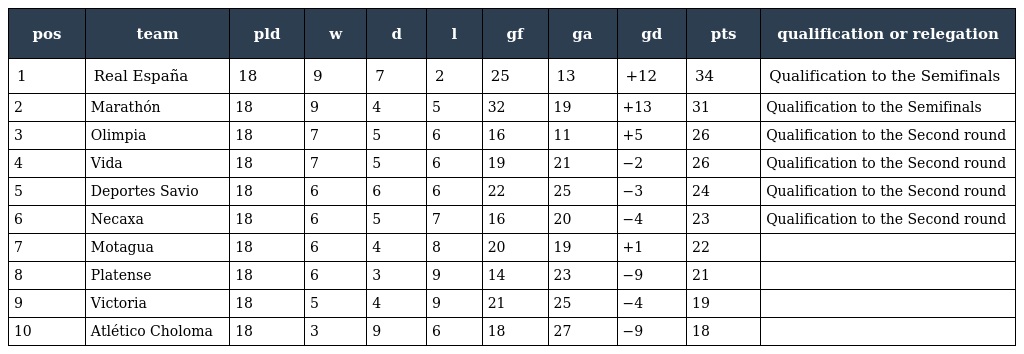
| pos | team | pld | w | d | l | gf | ga | gd | pts | qualification or relegation |
 | --- | --- | --- | --- | --- | --- | --- | --- | --- | --- | --- |
 | 1 | Real España | 18 | 9 | 7 | 2 | 25 | 13 | +12 | 34 | Qualification to the Semifinals |
 | 2 | Marathón | 18 | 9 | 4 | 5 | 32 | 19 | +13 | 31 | Qualification to the Semifinals |
 | 3 | Olimpia | 18 | 7 | 5 | 6 | 16 | 11 | +5 | 26 | Qualification to the Second round |
 | 4 | Vida | 18 | 7 | 5 | 6 | 19 | 21 | −2 | 26 | Qualification to the Second round |
 | 5 | Deportes Savio | 18 | 6 | 6 | 6 | 22 | 25 | −3 | 24 | Qualification to the Second round |
 | 6 | Necaxa | 18 | 6 | 5 | 7 | 16 | 20 | −4 | 23 | Qualification to the Second round |
 | 7 | Motagua | 18 | 6 | 4 | 8 | 20 | 19 | +1 | 22 |  |
 | 8 | Platense | 18 | 6 | 3 | 9 | 14 | 23 | −9 | 21 |  |
 | 9 | Victoria | 18 | 5 | 4 | 9 | 21 | 25 | −4 | 19 |  |
 | 10 | Atlético Choloma | 18 | 3 | 9 | 6 | 18 | 27 | −9 | 18 |  |